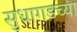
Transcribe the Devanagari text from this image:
सुधागडच्या